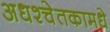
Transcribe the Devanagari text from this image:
अधश्चेतकामधे